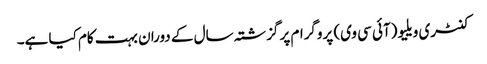
کنٹری ویلیو (آئی سی وی) پروگرام پر گزشتہ سال کے دوران بہت کام کیا ہے۔